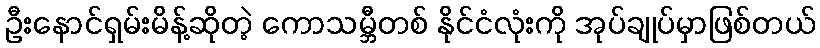
ဦးနောင်ရှမ်းမိန့်ဆိုတဲ့ ကောသမ္ဘီတစ် နိုင်ငံလုံးကို အုပ်ချုပ်မှာဖြစ်တယ်